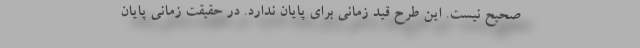
صحیح نیست. این طرح قید زمانی برای پایان ندارد. در حقیقت زمانی پایان